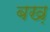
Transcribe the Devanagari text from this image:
बख़